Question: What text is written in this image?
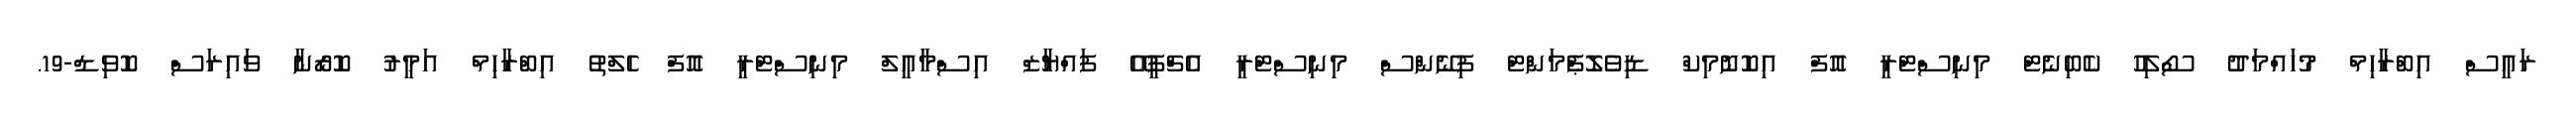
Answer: ރައީސް އިބްރާހިމް މުހައްމަދު ސޯލިހު ކެބިނެޓް މިނިސްޓްރީ އޮފް އިކޮނޮމިކް ޑިވެލޮޕްެމަންޓް ފިނޭންސް މިނިސްޓްރީ އެޗްޕީއޭ ފައްޔާޒް އިސްމާއީލް މިނިސްޓްރީ އޮފް ހެލްތު އިބްރާހިމް އަމީރު ކޮރޯނާ ވައިރަސް ކޮވިޑް-19.